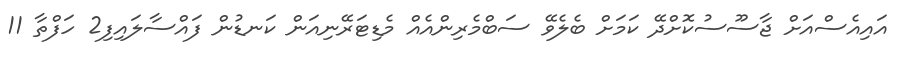
އައިއެސްއަށް ޖާސޫސުކޮށްދޭ ކަމަށް ބެލެވޭ ސަބްމެރިންއެއް މެޑިޓަރޭނިއަން ކަނޑުން ފައްސާލައިފި2 ހަފްތާ 11